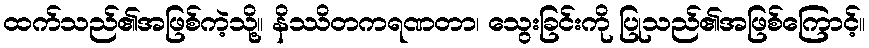
ထက်သည်၏အဖြစ်ကဲ့သို့။ နိဿိတကရဏတာ၊ သွေးခြင်းကို ပြုသည်၏အဖြစ်ကြောင့်။